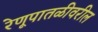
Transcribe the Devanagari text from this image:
रेणूपातळीवरील